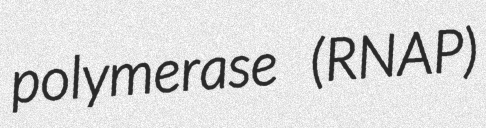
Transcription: polymerase (RNAP)